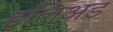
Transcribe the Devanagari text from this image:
इलिअड